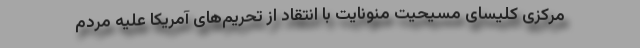
مرکزی کلیسای مسیحیت منونایت با انتقاد از تحریم‌های آمریکا علیه مردم